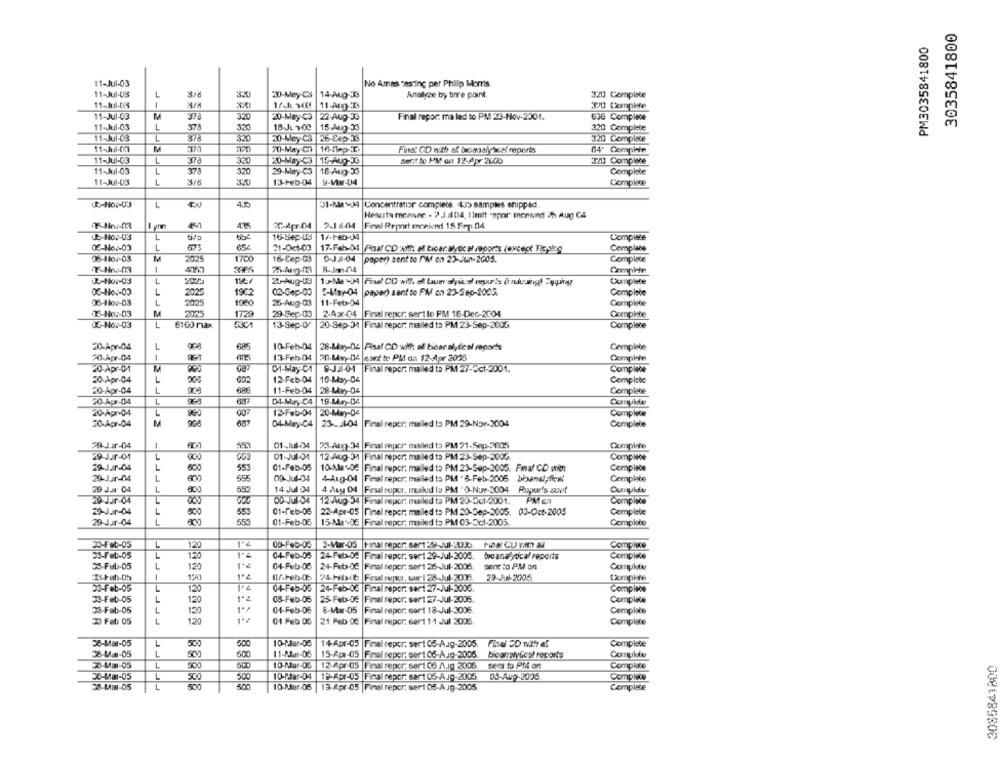
3035841800
PM3035841800
11-Jul-03
No Ames casting per Philip Morris
11-Jul-03
3.5
20-Mey-CS
14-Aug-19
Analyze by birre point.
320 Complete
--
11-Ang-
373
11-Jul-03
M
32
20-May-C3
22-Aug-J3
Final repor: ma led to PM 23-Nov-2001.
636 Complace
11-Jul-03
L
320
18-Ju200
15-Aug-33
320 Complete
11-Jul-03
3.X
20-Mey C3 |26-Sep-3
320 Complete
70-May-Ch |16-5mp-K
Fina! CD with af becmalyscel reports
64' Complain
11-Jul-03
L
372
320
20-May-C3
15-Aug-J3
Sent to PM on 12-Apr 2600
TIDI Complene
11-Jul-03
L
37
32
29-May-C3
18-Aug-33
Complete
11-Jul-03
1
13-Feb-04
y-Mw-04
Complete
C-HOP-US
L
4.0
31-Mas-34| Concentration complete. 4.3 samples shipped
Hesuita meanvec - 2 3.104, limit .epor moenund 25 Aug C4
THn .- 03
435
2-1 6-04
Final Report erowiend 15 Srp 04
-- HOT-03
L
16-Sep-13
1/-Feb-34
Complate
-No6-03
L
67
65
31-Oct-03
17.Feb-04 |Raaf CD will: all ticar alytic a reports (except Tie piog
Complete
M
2025
1700
DJ3-04
paper) sent to /W on 23-Jun-2005.
Complete
16-Cep-03
3965
R-Im-04
Complete:
R-Hor-03
L
202:
Z-Aug-03
10-Me -34 |Finel CD will. al taus alylust ryuris (rzuusing) Topping
Complete
L
03-Nov-03
2025
19C2
02-Gep-00
paper) sant to PM on 23-Sep-2005.
Complete
06-1107-03
1
2025
1960
25-Aug-03
11-Feb-04
Complete
T-Ho :- 03
M
2025
1728
29-Sep-03
2.45-04
Final repor, sert to PM 16-Dec-2004
Complete
-Ho :- 03
L
6160 max.
5301
13-Sep-0/
20-Sep-31 |Final repor: mailed to PM 23-Sep-2005.
Complete
20-Apr-04
1
685
10-Feb-04
28-May-04 |Final CD allt: af biber alytics reports
Complete
70-Apr-04
1
13-Feb-04
20-Mn)-04 |sart to Pl ass 12-Apr 2025
Complete
20-Apr-04
01-May CA
9-J3-01 Finalreper: maled to PM 27-Oct-2001.
Compiece
20-Apr-04
L
002
12-Feb-04
10-May-04
Complete
20-Apr-04
L
11-Feb-04
686
28-May-04
Complete
20-Apr-04
L
04-Mar, C4 |19-Mr ,- 04
12-Feb-04
20-Apr-04
00
20-May-04
Complete
20-Apr-04
M
68
04-May-C4
23-5104 |Final reper: mailed to PM 29-Nov-2004
Complete
29-J.Ir-04
01-Jul-04
23-Aug-34 Final mepcr mailed to PM 21-Sep-2005
Compkie
29-Jur-04
01-JUI-34
12.Aug-31 Final reper: mailed to PM 23-Sep-2005
Compieoe
29-Jar-04
L
553
01-Feb-05
10 MasDe
Final repor. mailed to PM 23-Sep-2005. Fma/ CD min
Complete
20-Jur-04
555
09-Jul-04
4-Aug-04
Final reper: mailed to PM " 6-Feb-2005 bisanel; fice!
Complete
L
14 Jul 04
29 J.ar 04
4 Aug 04
Final super. muilud to PM " O-Nur-2004 Rupur's auet
Cumulditr
29 Jur-04
L
12 Aug-34 Final repor: mailed to PM 20-301-2001.
PM G.
Complice
29-Jur-04
55
01-Feb-05
22-Apr-05
Final reper: mailed to PM 20-Sep-2005. 03-Oct-2005
Complete
29-Jur-04
L
88888888
55
01-Feb-05
15-Ma-DE Final reper. mailed to PM 03-Oct-2005.
Complete
30-Feb-05
20
00-Feb-05
3-Mar-05 |Final repor: sert 29-Jul-2005
Complace
33-Feb-05
120
1'2
04-Feb-05
24Feb-02
Final repor, sert 29-Jul-2005, bicanalyvocal reports
Complete
33-Ful-05
L
120
04-Fub-05
24-Feb-06 |Final reper, sert 25-Jul-2006.
sent to PM on
1
120
24 Hlxil Firul sepur, tar | 28.Jul- 2016
29-Jul-2005
Complete
04-Feb-05
33-Feb-05
120
24-Feb-Od |Final reper: sert 27-Jul-2003
Complete
33-Feb-05
L
120
08-Feb-05
25 Feb-DE
Final repor. sert 27-Jul-2005.
Complete
38-Feb-05
1
04-Feb-06
8-Mw-05
Final repor: sert 18-Jul-2006.
Complate
120
33 Feb 05
L
120
01 Feb 05
21 Feb 0€
Final repor: sert 11 Jul 2005
Complete
38-Mar-05
L
500
10-Mar-05
14Apr-05
Final repor: ser 1 05-Aug-2005.
Fiel SD with af
Complete
38-Lim-05
L
50
11-12-05
Final reper. sert 06-AJg-2005.
bioanalytical resorts
Complete
500
3085841800
30-Mar-05
500
10-Mar-03
12-Apr-05
Final repor. sert 06 A.Jg 2005
sent to PtA on
Complete
36-1m-05
500
500
10-Par-04
19-Apr-05 |Final reper: sert 06-AJ9-2005.
05-Aug-2026
Complice
38-LB1-05
L
500
500
10-Mar-05 |13-Apr-05 |Final reper. sert 05-Aug-2005.
Complate